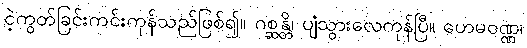
ငဲ့ကွတ်ခြင်းကင်းကုန်သည်ဖြစ်၍။ ဂစ္ဆန္တိ၊ ပျံသွားလေကုန်ပြီ။ ဟေမဝဏ္ဏ၊